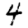
Digit: 4